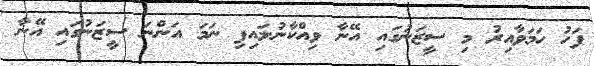
ފަހު ހަމަވާއިރު މި ސީޒަނުގައި އޭނާ ވިއްކާނުލައިފި ނަމަ އަންނަ ސީޒަނުގައި އޭނާ